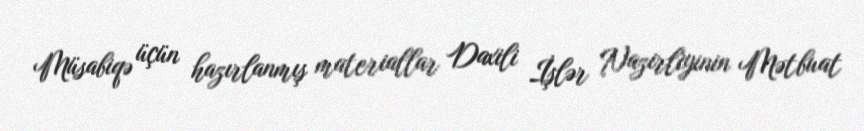
Müsabiqə üçün hazırlanmış materiallar Daxili İşlər Nazirliyinin Mətbuat